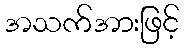
အသက်အားဖြင့်